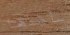
سأخذها